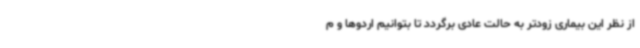
از نظر این بیماری زودتر به حالت عادی برگردد تا بتوانیم اردوها و م